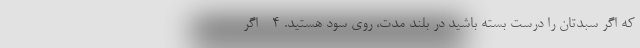
که اگر سبدتان را درست بسته باشید در بلند مدت، روی سود هستید. ۴ - اگر